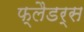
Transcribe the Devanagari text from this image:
फ्लैडर्स